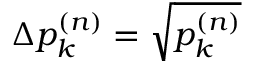
\Delta p _ { k } ^ { ( n ) } = \sqrt { p _ { k } ^ { ( n ) } }